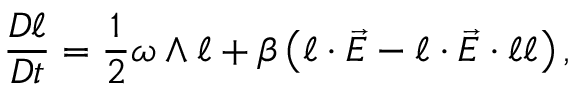
\frac { D \boldsymbol { \ell } } { D t } = \frac { 1 } { 2 } \boldsymbol { \omega } \wedge \boldsymbol { \ell } + \beta \left( \boldsymbol { \ell } \cdot \vec { E } - \boldsymbol { \ell } \cdot \vec { E } \cdot \boldsymbol { \ell } \boldsymbol { \ell } \right) ,